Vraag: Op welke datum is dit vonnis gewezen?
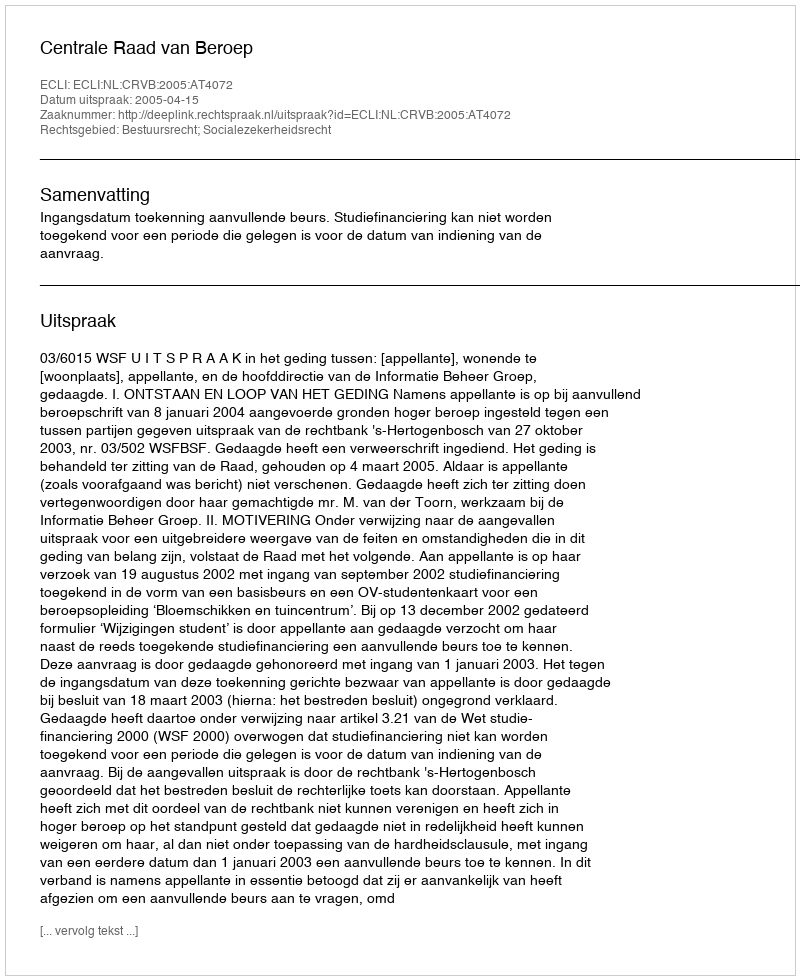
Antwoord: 2005-04-15